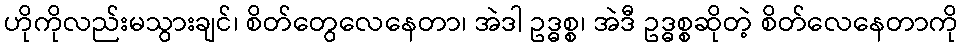
ဟိုကိုလည်းမသွားချင်၊ စိတ်တွေလေနေတာ၊ အဲဒါ ဥဒ္ဓစ္စ၊ အဲဒီ ဥဒ္ဓစ္စဆိုတဲ့ စိတ်လေနေတာကို